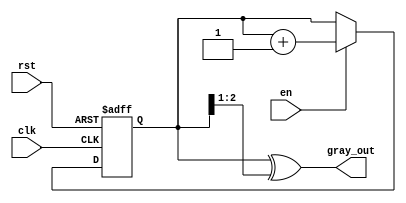
module gray_code_counter (
    input wire clk,        // Clock signal
    input wire rst,        // Asynchronous reset signal
    input wire en,         // Enable signal
    output reg [2:0] gray_out // 3-bit Gray code output
);

    reg [2:0] binary_count; // 3-bit binary counter

    // Gray code conversion function
    function [2:0] binary_to_gray;
        input [2:0] binary;
        begin
            binary_to_gray = binary ^ (binary >> 1);
        end
    endfunction

    // Sequential logic for counting
    always @(posedge clk or posedge rst) begin
        if (rst) begin
            binary_count <= 3'b000; // Reset binary counter to 0
        end else if (en) begin
            binary_count <= binary_count + 1; // Increment binary counter
        end
    end

    // Update Gray code output
    always @(binary_count) begin
        gray_out <= binary_to_gray(binary_count); // Convert binary to Gray code
    end

endmodule